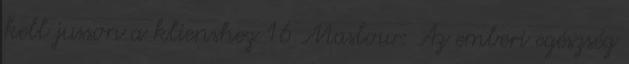
kell jusson a klienshez 16 Maslow: Az emberi egészség